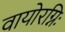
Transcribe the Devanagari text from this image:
वायोरग्निः